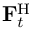
\mathbf { F } _ { t } ^ { \mathrm { H } }